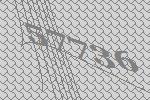
57736